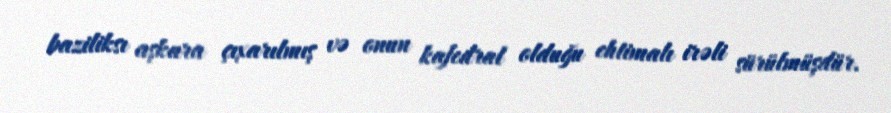
baziliksı aşkara çıxarılmış və onun kafedral olduğu ehtimalı irəli sürülmüşdür.